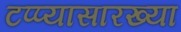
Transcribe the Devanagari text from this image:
टप्प्यासारख्या